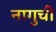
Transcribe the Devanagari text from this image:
नागुची